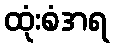
ထုံးစံအရ